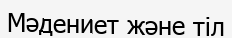
Мәдениет және тіл